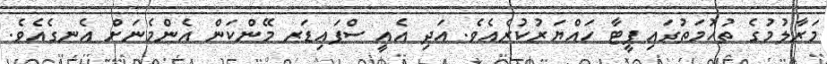
މަރާލުމުގެ ތުހުމަތުގައި ޕީޓާ ހައްޔަރުކުރެއެވެ. އަދި އެއީ ސްޕައިޑަރ މޭންކަން އެންމެނަށް އެނގެއެވެ.